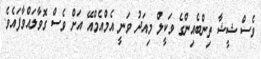
ވެސް ޝީޝާ ތިންބެއިންގެ ވަކީލް މިއަދު ވަނީ އެމްއެމްއޭ އަށް ވެސް ގޮވާލައްވާފައެވެ.